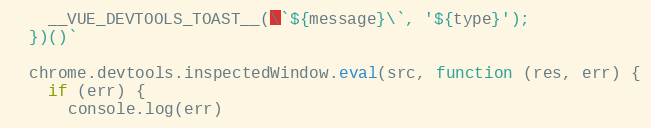
Language: JavaScript
    __VUE_DEVTOOLS_TOAST__(\`${message}\`, '${type}');
  })()`

  chrome.devtools.inspectedWindow.eval(src, function (res, err) {
    if (err) {
      console.log(err)